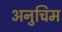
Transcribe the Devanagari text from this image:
अनुचिम